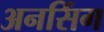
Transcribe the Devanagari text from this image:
अनसिंग